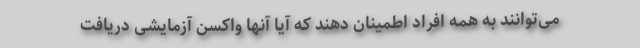
می‌توانند به همه افراد اطمینان دهند که آیا آنها واکسن آزمایشی دریافت